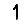
Digit: 1